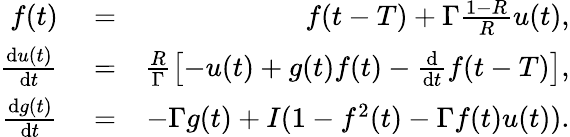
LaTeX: \begin{array}{rlr}{f(t)}&{{}=}&{f(t-T)+\Gamma\frac{1-R}{R}u(t),}\\ {\frac{\mathrm{d}u(t)}{\mathrm{d}t}}&{{}=}&{\frac{R}{\Gamma}\left[-u(t)+g(t)f(t)-\frac{\mathrm{d}}{\mathrm{d}t}f(t-T)\right],}\\ {\frac{\mathrm{d}g(t)}{\mathrm{d}t}}&{{}=}&{-\Gamma g(t)+I(1-f^{2}(t)-\Gamma f(t)u(t)).}\end{array}